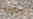
يسوء